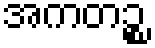
အကတဉ္စ